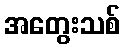
အတွေးသစ်